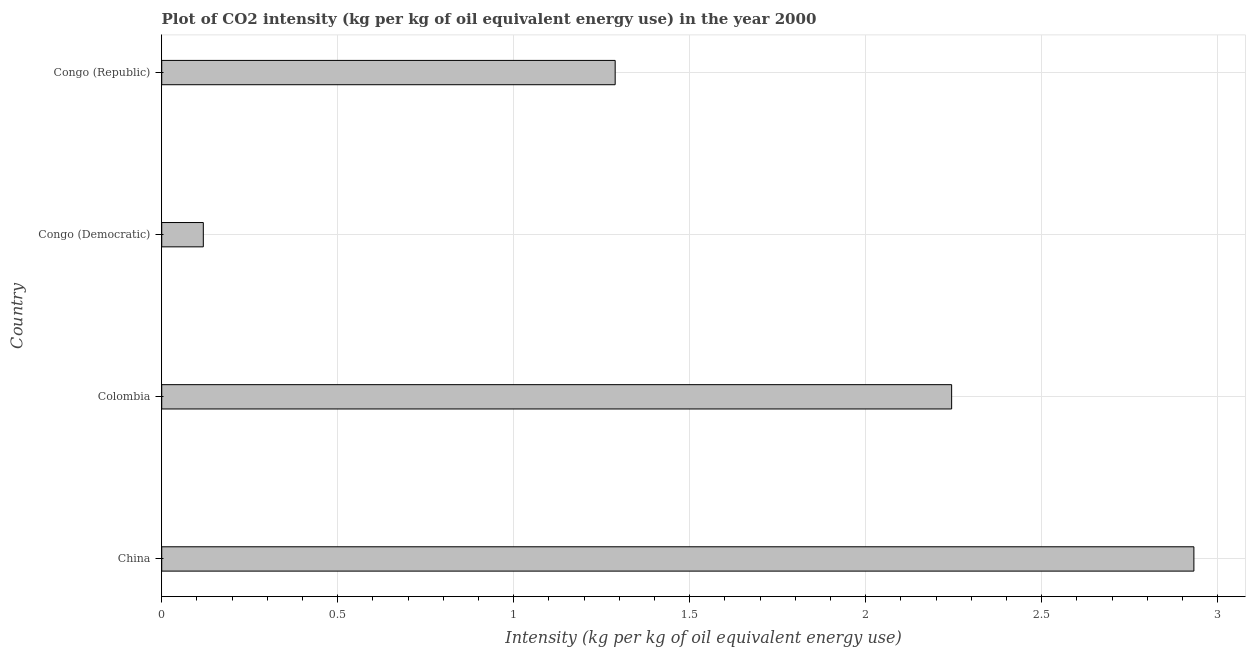
| Country | CO2 intensity |
 | --- | --- |
 | China | 2.93 |
 | Colombia | 2.24 |
 | Congo (Democratic) | 0.118 |
 | Congo (Republic) | 1.29 |